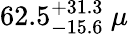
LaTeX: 62.5_{-15.6}^{+31.3}~\mu